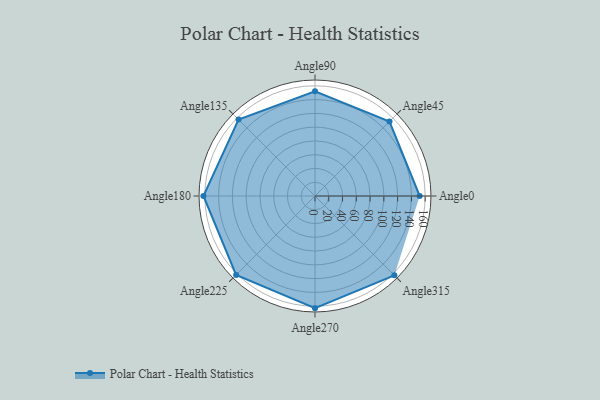
{"axis": {"x": "Angle", "y": "Radius"}, "legend": [""], "data": [{"x": "Angle0", "y": 152.0, "type": ""}, {"x": "Angle45", "y": 153.0, "type": ""}, {"x": "Angle90", "y": 152.0, "type": ""}, {"x": "Angle135", "y": 157.0, "type": ""}, {"x": "Angle180", "y": 162.0, "type": ""}, {"x": "Angle225", "y": 162.0, "type": ""}, {"x": "Angle270", "y": 163.0, "type": ""}, {"x": "Angle315", "y": 163.0, "type": ""}]}